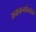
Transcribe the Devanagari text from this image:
अग्रकमांकावर